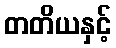
တတိယနှင့်